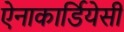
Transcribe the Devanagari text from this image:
ऐनाकार्डियेसी